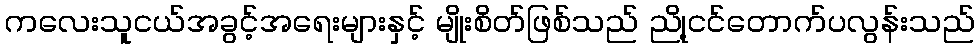
ကလေးသူငယ်အခွင့်အရေးများနှင့် မျိုးစိတ်ဖြစ်သည် ညို့ငင်တောက်ပလွန်းသည်